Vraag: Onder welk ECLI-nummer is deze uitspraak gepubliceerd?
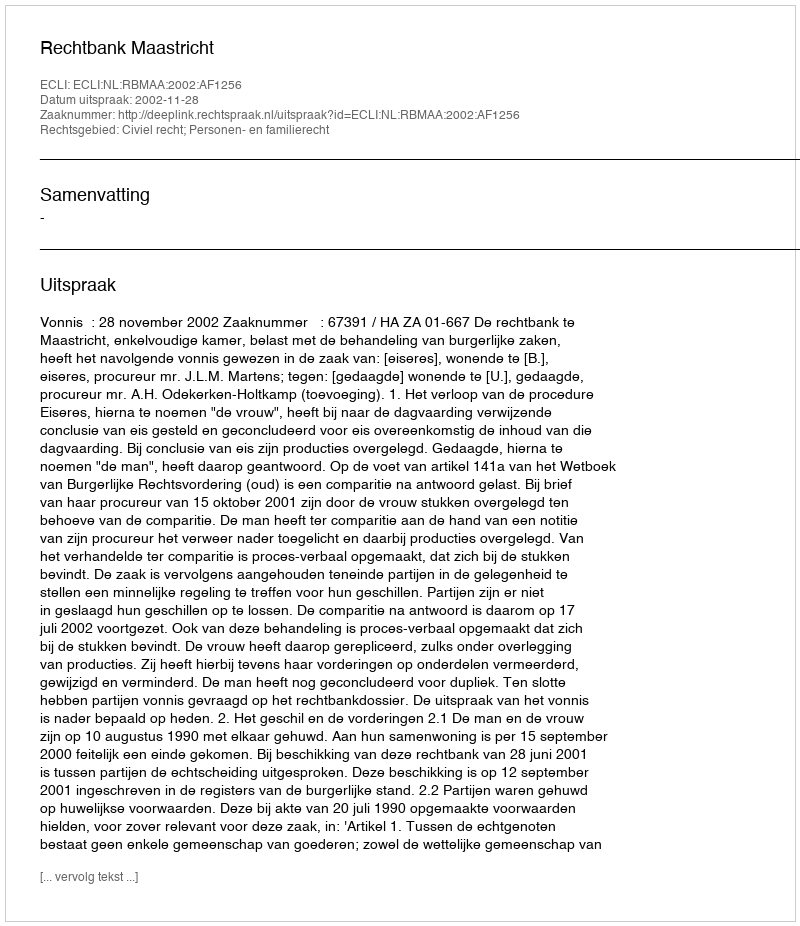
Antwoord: ECLI:NL:RBMAA:2002:AF1256